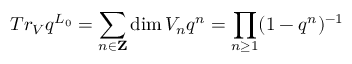
T r _ { V } q ^ { L _ { 0 } } = \sum _ { n \in \mathbf { Z } } \dim V _ { n } q ^ { n } = \prod _ { n \geq 1 } ( 1 - q ^ { n } ) ^ { - 1 }